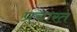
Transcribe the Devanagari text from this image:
प्रचारत